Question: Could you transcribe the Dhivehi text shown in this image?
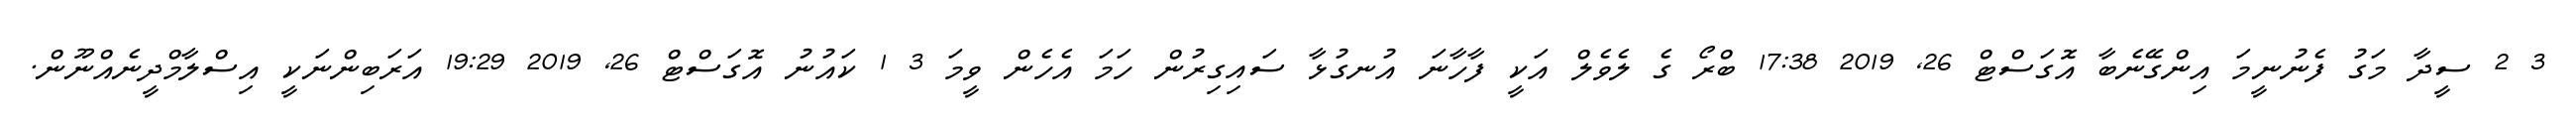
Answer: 3 2 ސީދާ މަގު ފެނުނީމަ އިންގޭނެބާ އޮގަސްޓް 26, 2019 17:38 ބްރޯ ގެ ލެވެލް އަކީ ފާހާނަ އުނގުޅާ ސައިގިރުން ހަމަ އެހެން ވީމަ 3 1 ކައުނު އޮގަސްޓް 26, 2019 19:29 އަރަބިންނަކީ އިސްލާމްދީނެއްނޫން.